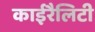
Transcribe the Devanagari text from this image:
काईरैलिटी